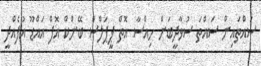
ސައްތައިން ސައްތަ ސުވާދީބަށް ހިއްސާ އޮތް ޕީޕަލްސް ބޭންކް އޮފް އައްޑޫ އުފެއްދީ